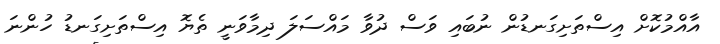
އާއްމުކޮށް އިސްތަށިގަނޑުން ނުބައި ވަސް ދުވާ މައްސަލަ ދިމާވަނީ ތެޔޮ އިސްތަށިގަނޑު ހުންނަ